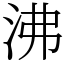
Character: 沸